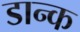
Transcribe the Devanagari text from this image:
डान्क